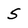
Character: 5